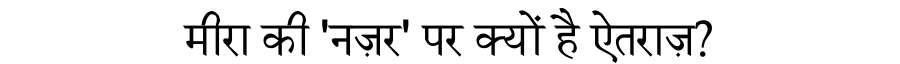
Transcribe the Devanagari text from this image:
मीरा की 'नज़र' पर क्यों है ऐतराज़?